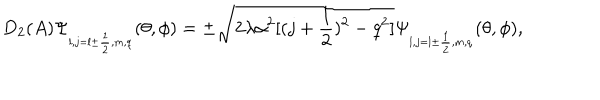
LaTeX: D _ { 2 } ( A ) \Psi _ { _ { l , j = l \pm \frac { 1 } { 2 } , m , q } } ( \theta , \phi ) = \pm \sqrt { 2 \lambda \alpha ^ { 2 } [ ( j + \frac { 1 } { 2 } ) ^ { 2 } - q ^ { 2 } ] } \Psi _ { _ { l , j = l \pm \frac { 1 } { 2 } , m , q } } ( \theta , \phi ) ,